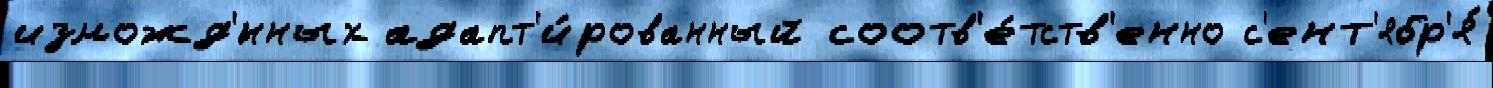
изможд'́нных адапт'и́рованный соотв'е́тств'енно с'ент'ябр'я́